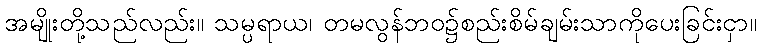
အမျိုးတို့သည်လည်း။ သမ္ပရာယ၊ တမလွန်ဘဝ၌စည်းစိမ်ချမ်းသာကိုပေးခြင်းငှာ။